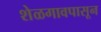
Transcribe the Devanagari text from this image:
शेळगावपासून